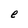
Character: e